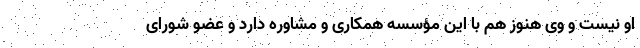
او نیست و وی هنوز هم با این مؤسسه همکاری و مشاوره دارد و عضو شورای